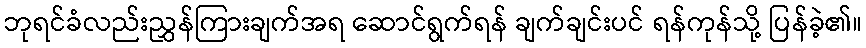
ဘုရင်ခံလည်းညွှန်ကြားချက်အရ ဆောင်ရွက်ရန် ချက်ချင်းပင် ရန်ကုန်သို့ ပြန်ခဲ့၏။